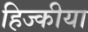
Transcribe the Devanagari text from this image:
हिज्कीया